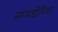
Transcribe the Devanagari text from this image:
सम्पडोरिया